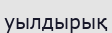
уылдырық